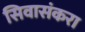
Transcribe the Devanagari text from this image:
सिवासंकरा